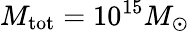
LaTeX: M_{\mathrm{tot}}=10^{15}M_{\odot}